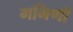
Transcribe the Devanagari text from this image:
गभिणी